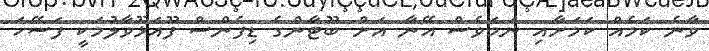
ވާނެ ކަމެއް ކަމަށާއި ނަމަވެސް އޭނާ އަށް ބޫޓާންގެ ޑިފެންސް ފޫއަޅޫވާލުމަކީ ފަސޭހަ